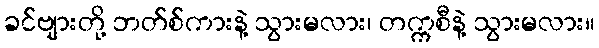
ခင်ဗျားတို့ ဘတ်စ်ကားနဲ့ သွားမလား၊ တက္ကစီနဲ့ သွားမလား။